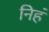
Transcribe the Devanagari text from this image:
निहं